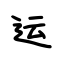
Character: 运